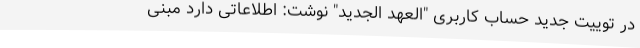
در توییت جدید حساب کاربری "العهد الجدید" نوشت: اطلاعاتی دارد مبنی